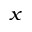
_ x